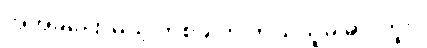
အဲအခုပြောမယ့် တစ်ခါက ဘယ်သူမှ မပါဘူး။